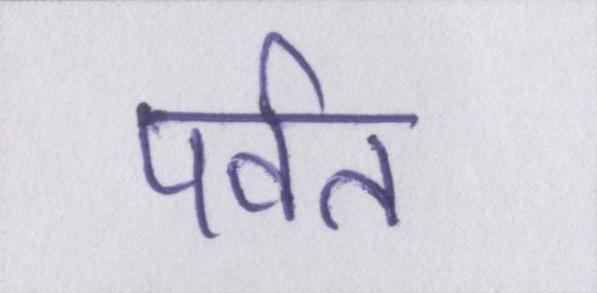
पर्वत